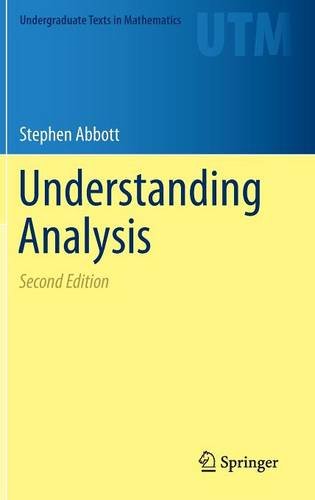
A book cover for Understanding Analysis (Undergraduate Texts in Mathematics); Stephen Abbott; Science & Math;